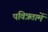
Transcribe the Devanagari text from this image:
पवित्रतामें